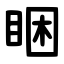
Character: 睏